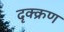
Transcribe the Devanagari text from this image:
दृक्क्रण